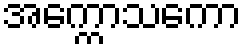
အက္ကောသကော